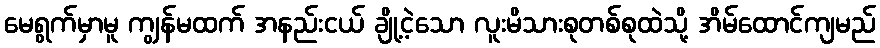
မေရွက်မှာမူ ကျွန်မထက် အနည်းငယ် ချို့ငဲ့သော လူးမိသားစုတစ်စုထဲသို့ အိမ်ထောင်ကျမည်